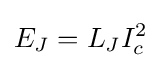
E_{J}=L_{J}I_{c}^{2}